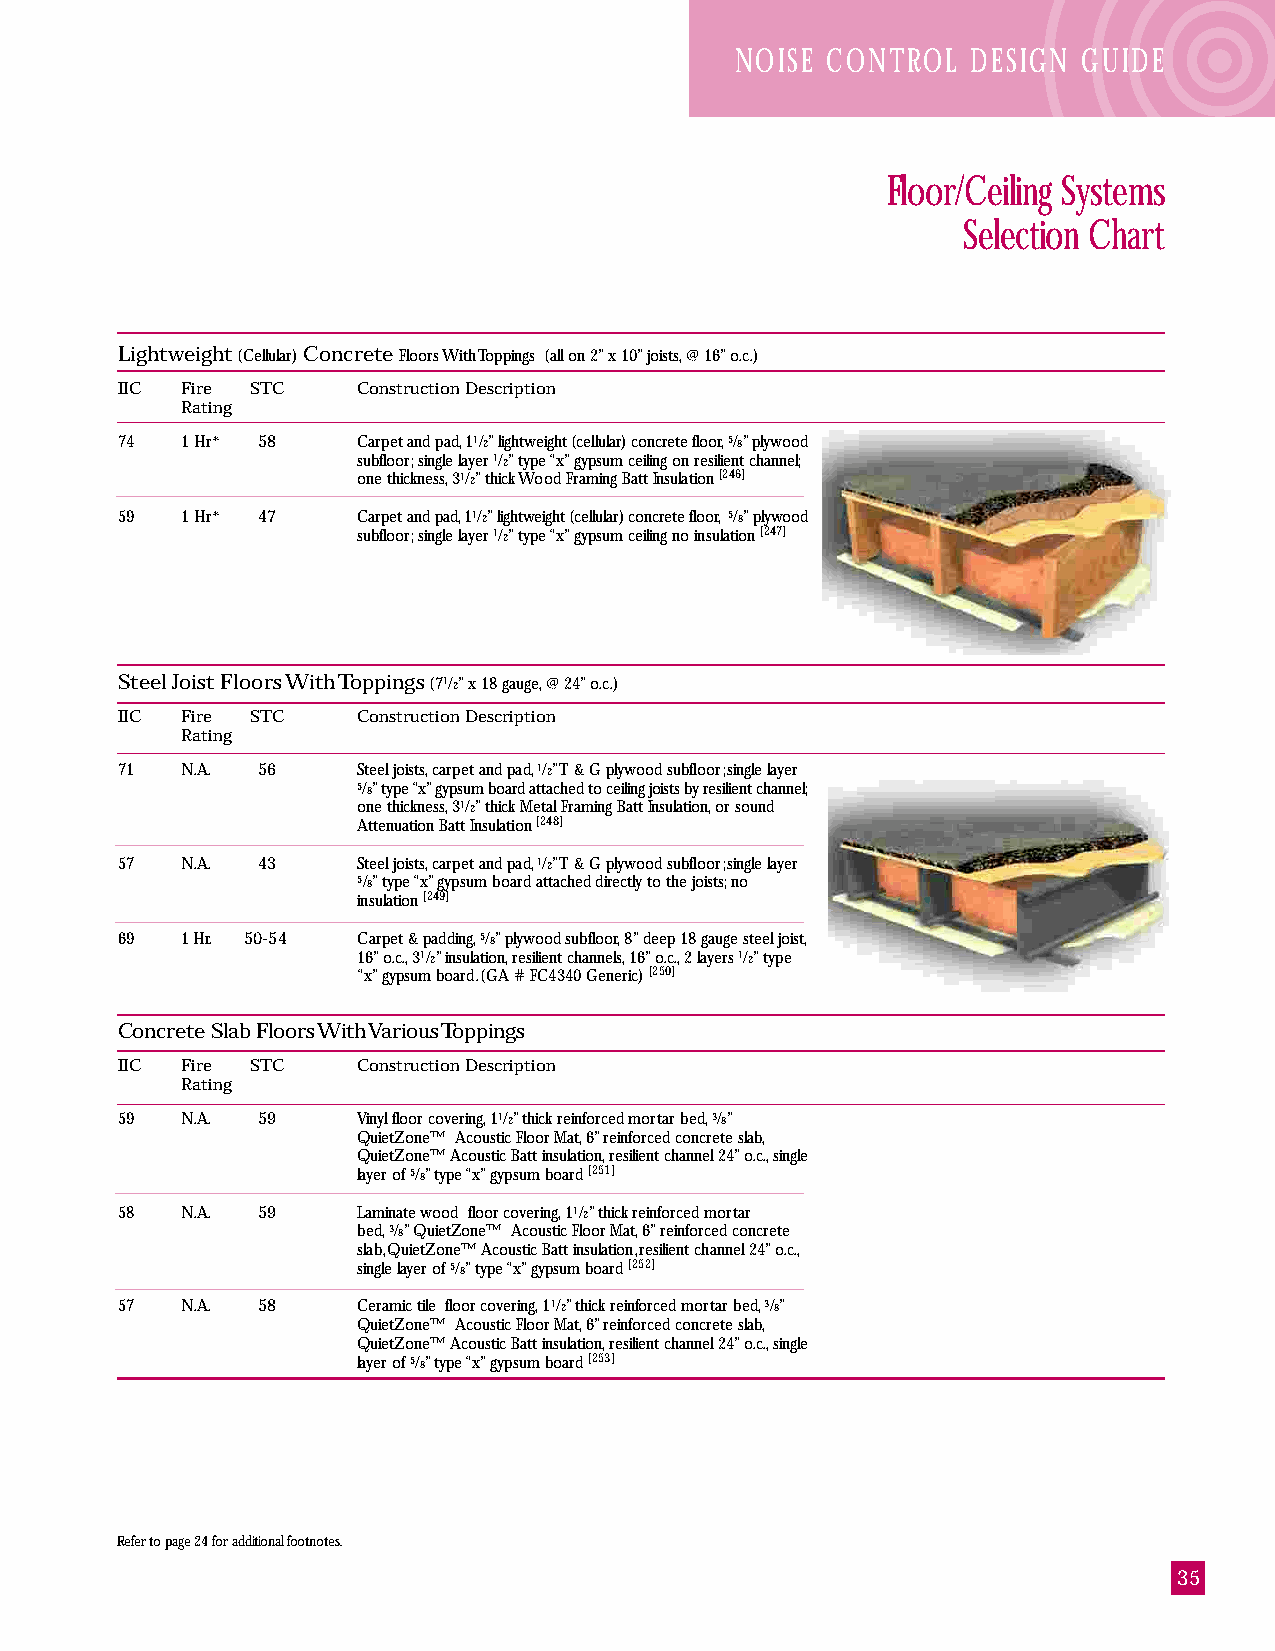
NOISE CONTROL  DESIGN  GUIDE
 Floor/Ceiling Systems
 Selection Chart
 Lightweight (Cellular) Concrete Floors With Toppings (all on 2” x 10” joists, @ 16” o.c.)
 IIC Fire STC    Construction Description
 Rating
 74  1 Hr* 58    Carpet and pad, 11/2” lightweight (cellular) concrete floor, 5/8” plywood
 subfloor; single layer 1/2” type “x” gypsum ceiling on resilient channel;
 one thickness, 31/2” thick Wood Framing Batt Insulation [246]
 59  1 Hr* 47    Carpet and pad, 11/2” lightweight (cellular) concrete floor, 5/8” plywood
 subfloor; single layer 1/2” type “x” gypsum ceiling no insulation [247]
 Steel Joist Floors With Toppings (71/2” x 18 gauge, @ 24” o.c.)
 IIC Fire STC    Construction Description
 Rating
 71  N.A. 56     Steel joists, carpet and pad, 1/2” T & G plywood subfloor; single layer
 5/8” type “x” gypsum board attached to ceiling joists by resilient channel;
 one thickness, 31/2” thick Metal Framing Batt Insulation, or sound
 Attenuation Batt Insulation [248]
 57  N.A. 43     Steel joists, carpet and pad, 1/2” T & G plywood subfloor; single layer
 5/8” type “x” gypsum board attached directly to the joists; no
 insulation [249]
 69  1 Hr. 50-54 Carpet & padding, 5/8” plywood subfloor, 8” deep 18 gauge steel joist,
 16” o.c., 31/2” insulation, resilient channels, 16” o.c., 2 layers 1/2” type
 “x” gypsum board. (GA # FC4340 Generic) [250]
 Concrete Slab Floors With Various Toppings
 IIC Fire STC    Construction Description
 Rating
 59  N.A. 59     Vinyl floor covering, 11/2” thick reinforced mortar bed, 3/8”
 QuietZone™ Acoustic Floor Mat, 6” reinforced concrete slab,
 QuietZone™ Acoustic Batt insulation, resilient channel 24” o.c., single
 layer of 5/8” type “x” gypsum board [251]
 58  N.A. 59     Laminate wood floor covering, 11/2” thick reinforced mortar
 bed, 3/8” QuietZone™ Acoustic Floor Mat, 6” reinforced concrete
 slab, QuietZone™ Acoustic Batt insulation, resilient channel 24” o.c.,
 single layer of 5/8” type “x” gypsum board [252]
 57  N.A. 58     Ceramic tile floor covering, 11/2” thick reinforced mortar bed, 3/8”
 QuietZone™ Acoustic Floor Mat, 6” reinforced concrete slab,
 QuietZone™ Acoustic Batt insulation, resilient channel 24” o.c., single
 layer of 5/8” type “x” gypsum board [253]
 Refer to page 24 for additional footnotes.
 35